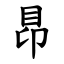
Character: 䀚